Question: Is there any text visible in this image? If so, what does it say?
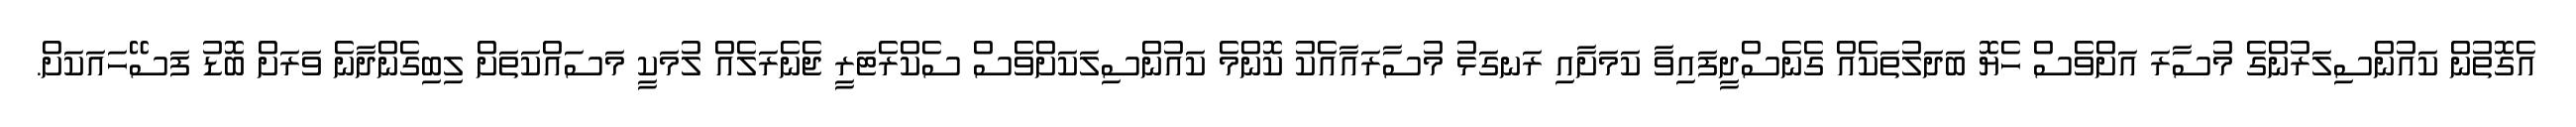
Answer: އެގޮތުން ކައުންސިލަރުންގެ މުސާރަ އަށްވެސް ހެޔޮ ބަދަލުތަކެއް ގެނެސްދީފައިވާ ކަމަށާއި ރަނގަޅު މުސާރައާއެކު ކޮންމެ ކައުންސިލަކަށްވެސް ސެކްރެޓަރީ ޖެނެރަލެއް ލުމަކީ މަސައްކަތަށް ލިބިގެންދާނެ ވަރަށް ބޮޑު ފަސޭހައަކަށް.